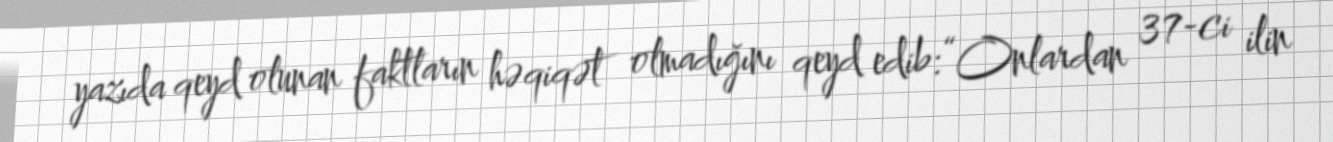
yazıda qeyd olunan faktların həqiqət olmadığını qeyd edib:“Onlardan 37-ci ilin